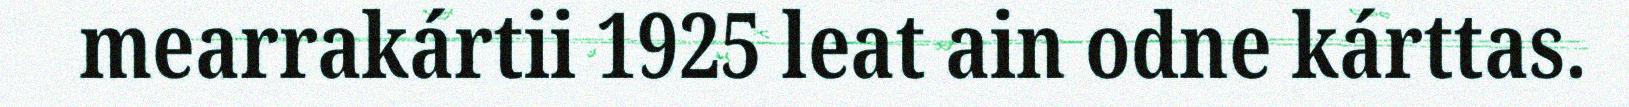
mearrakártii 1925 leat ain odne kárttas.